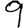
Digit: 9